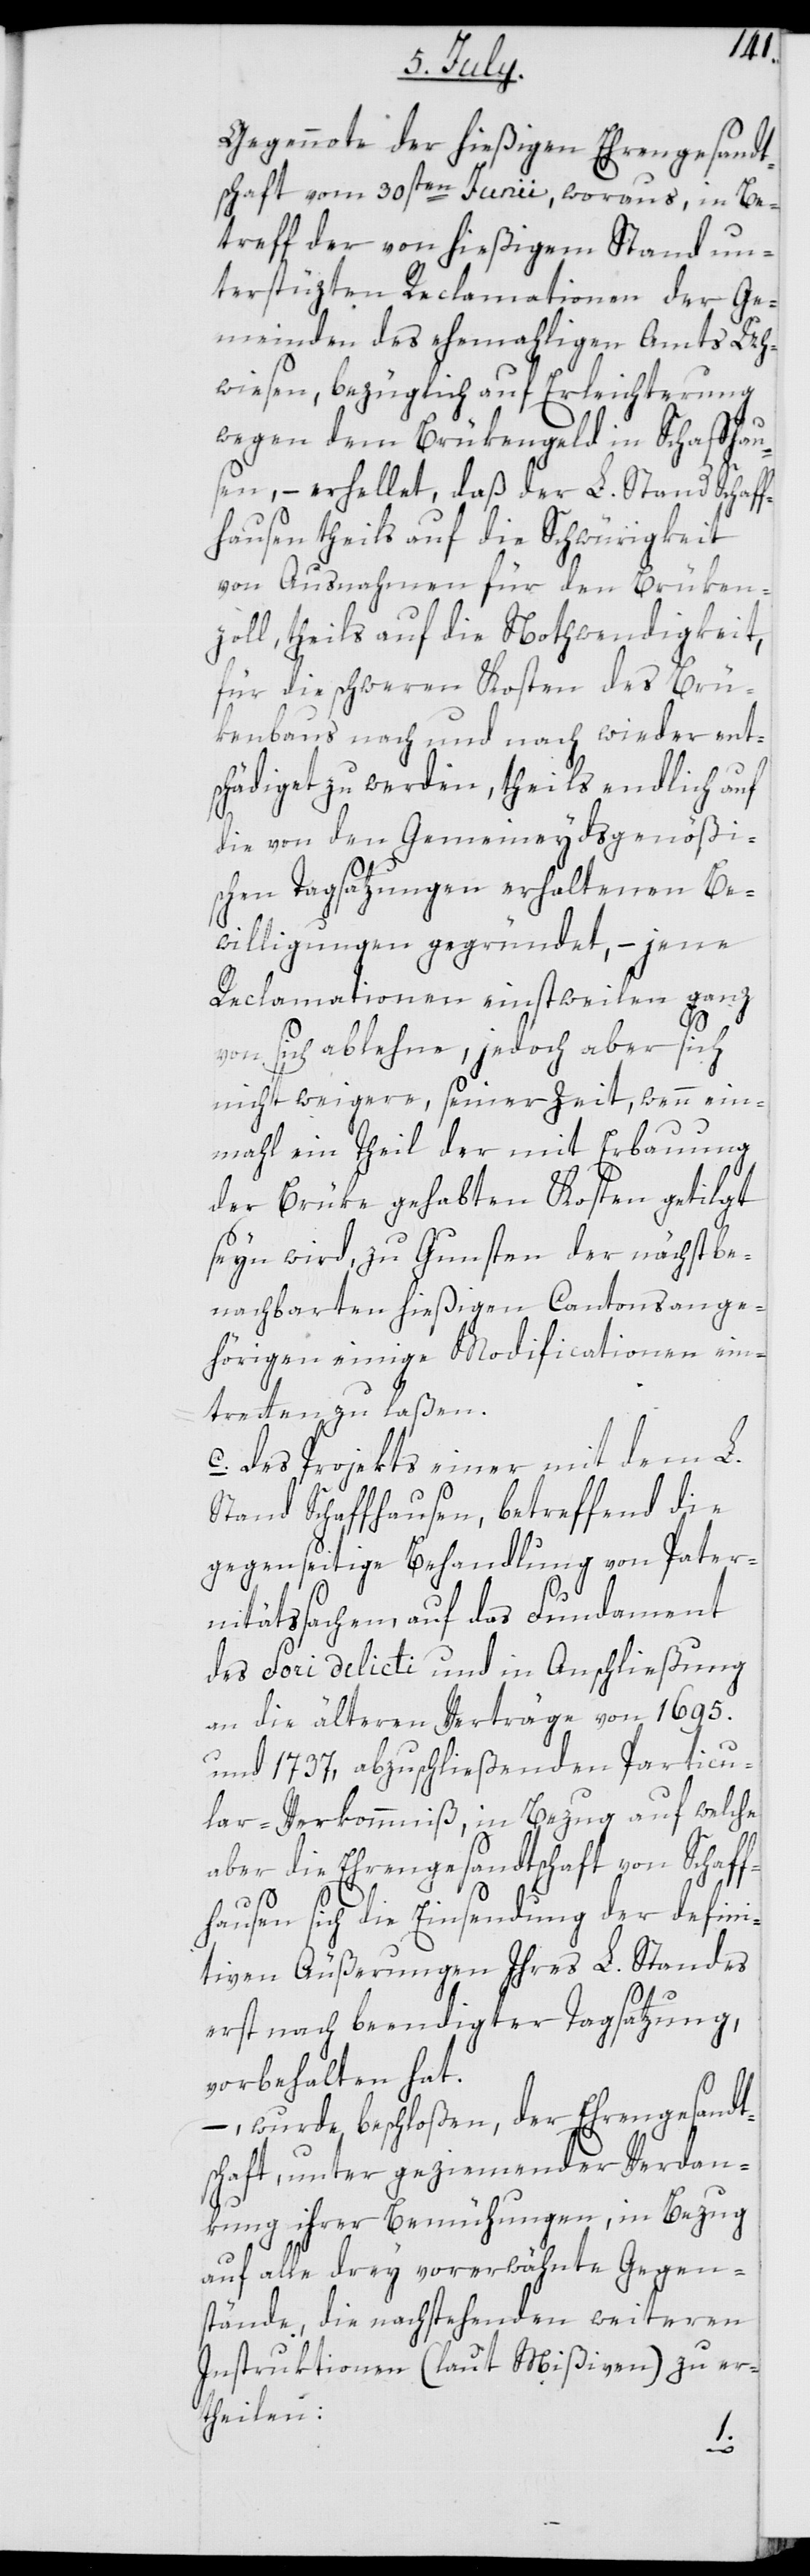
Gegennote der hießigen Ehrengesandt¬
schaft vom 30sten Junii, woraus, in Be¬
treff der von hießigem Stand un¬
terstüzten Reclamationen der Ge¬
meinden des ehemaligen Amts Uh¬
wiesen, bezüglich auf Erleichterung
wegen dem Brükengeld in Schaffhau¬
sen, – erhellet, daß der L. Stand Schaf¬
fhausen theils auf die Schwürigkeit
von Ausnahmen für den Brüken¬
zoll, theils auf die Nothwendigkeit,
für die schweren Kosten des Brü¬
kenbaus nach und nach wieder ent¬
schädiget zu werden, theils endlich auf
die von den Gemeineydsgenößi¬
schen Tagsatzungen erhaltenen Be¬
willigungen gegründet, – jene
Reclamationen einstweilen ganz
von sich ablehne, jedoch aber sich
nicht weigere, seiner Zeit, wenn ein¬
mal ein Theil der mit Erbauung
der Brüke gehabten Kosten getilgt
seyn wird, zu Gunsten der nächst be¬
nachbarten hießigen Cantonsange¬
hörigen einige Modificationen ein¬
tretten zu laßen.
c. Des Projekts einer mit dem L.
Stand Schaffhausen, betreffend die
gegenseitige Behandlung von Pater¬
nitätssachen, auf das Fundament
des Fori delicti und in Anschließung
an die älteren Verträge von 1695.
und 1737, abzuschließenden Particu¬
lar-Verkommniß, in Bezug auf welche
aber die Ehrengesandtschaft von Schaff¬
hausen sich die Einsendung der defini¬
tiven Äußerungen Ihres L. Standes
erst nach beendigter Tagsatzung,
vorbehalten hat.
–, wurde beschloßen, der Ehrengesandt¬
schaft, unter geziemender Verdan¬
kung ihrer Bemühungen, in Bezug
auf alle drey vorerwähnte Gegen¬
stände, die nachstehenden weiteren
Instruktionen (laut Mißiven) zu er¬
theilen: